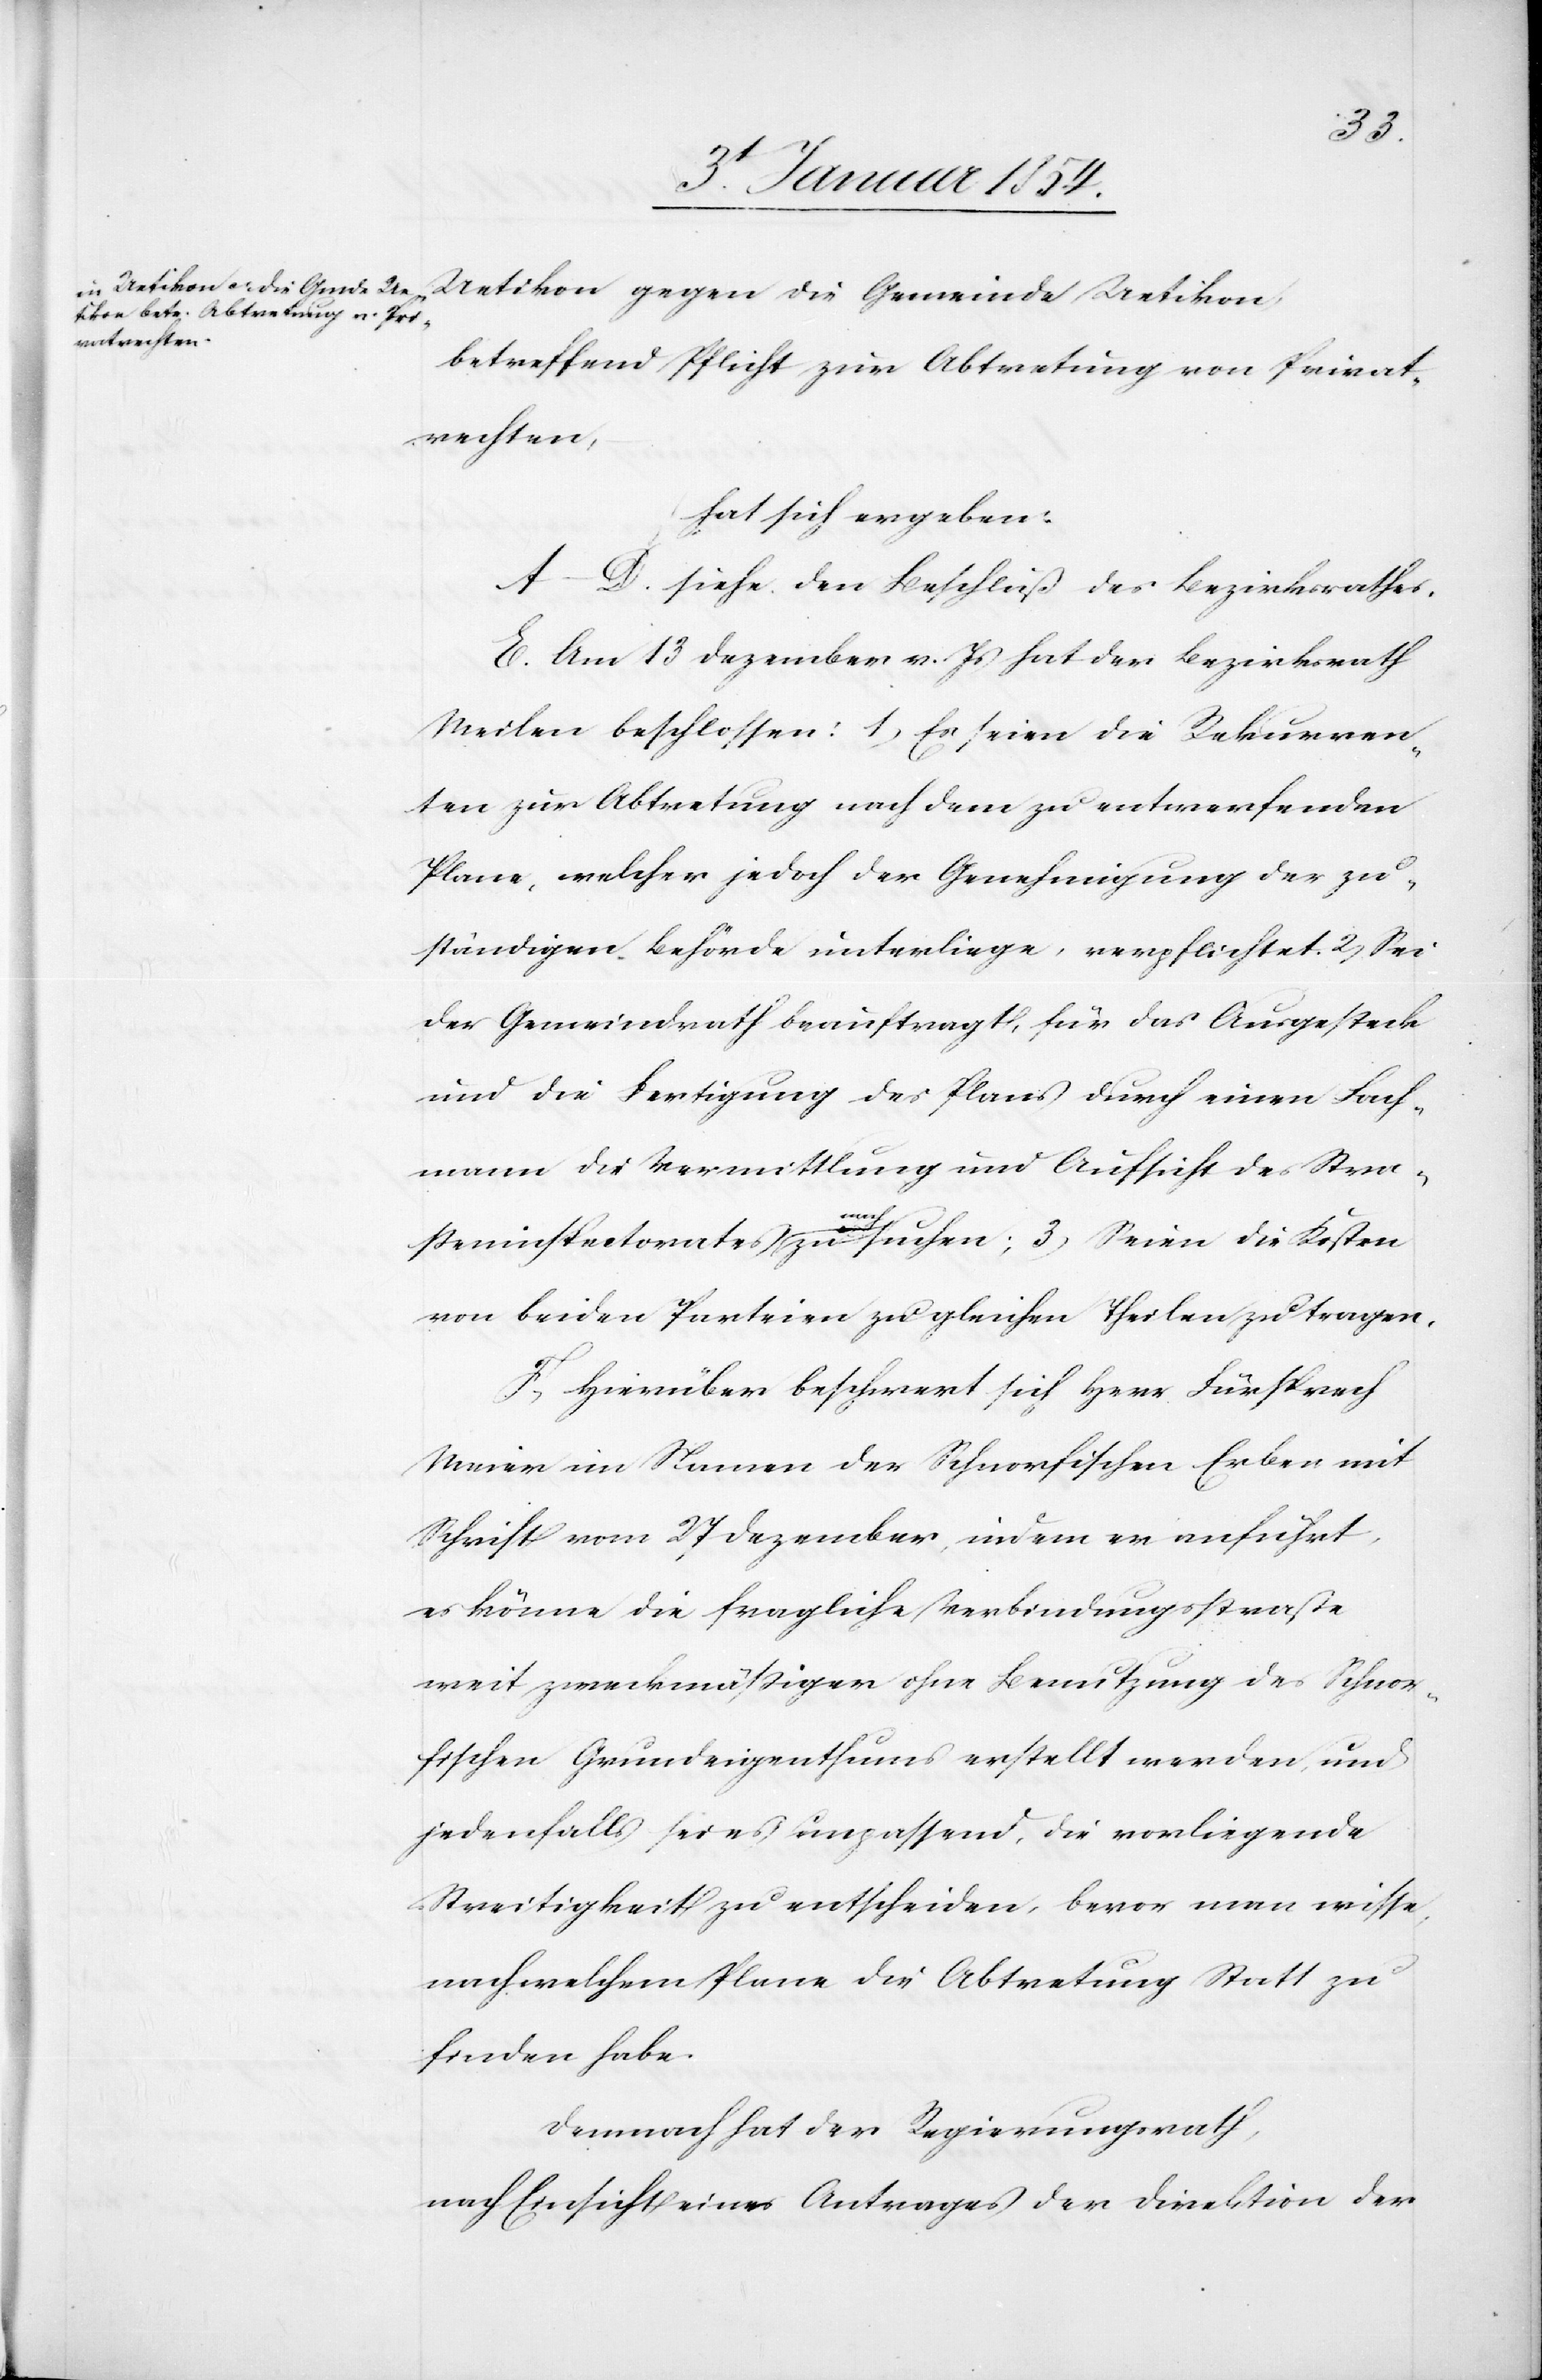
Uetikon gegen die Gemeinde Uetikon,
betreffend Pflicht zur Abtretung von Privat¬
rechten,
hat sich ergeben:
A–D. siehe den Beschluß des Bezirksrathes.
E. Am 13 Dezember v. Js hat der Bezirksrath
Meilen beschlossen: 1) Es seien die Rekurren¬
ten zur Abtretung nach dem zu entwerfenden
Plane, welcher jedoch der Genehmigung der zu¬
ständigen Behörde unterliege, verpflichtet. 2) Sei
der Gemeindrath beauftragt, für das Ausgesteck
und die Fertigung des Plans durch einen Fach¬
mann die Vermittlung und Aufsicht des Stra¬
ßeninspectorates a-nach-azusuchen; 3) Seien die Kosten
von beiden Parteien zu gleichen Theilen zu tragen.
F. Hierüber beschwert sich Herr Fürsprech
Meier im Namen der Schnorfischen Erben mit
Schrift vom 27 Dezember, indem er anführt,
es könne die fragliche Verbindungsstraße
weit zweckmäßiger ohne Benutzung des Schnor¬
fischen Grundeigenthums erstellt werden, und
jedenfalls sei es unpassend, die vorliegende
Streitigkeit zu entscheiden, bevor man wisse,
nach welchem Plane die Abtretung Statt zu
finden habe.
Demnach hat der Regierungsrath,
nach Einsicht eines Antrages der Direktion der